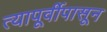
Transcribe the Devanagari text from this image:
त्यापूर्वीपासून